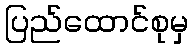
ပြည်ထောင်စုမှ